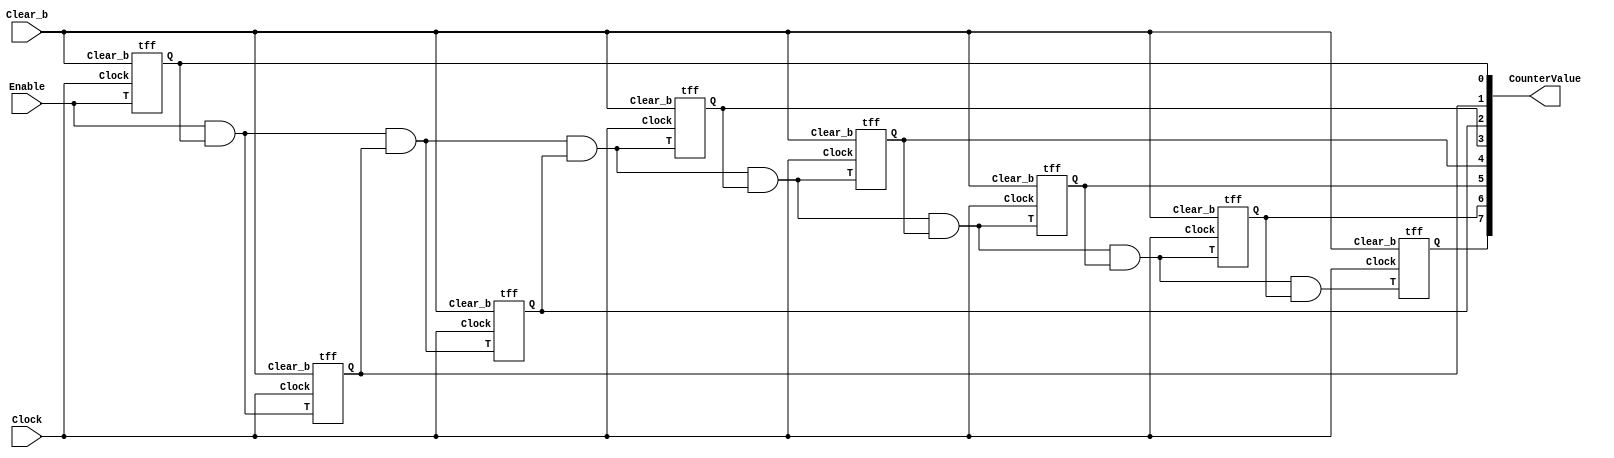
module part1(Clock, Enable, Clear_b, CounterValue);
	input Clock, Enable, Clear_b;
	output [7:0]CounterValue;
	wire c1, c2, c3, c4, c5, c6, c7;
	
	assign c1 = Enable & CounterValue[0];
	assign c2 = c1 & CounterValue[1];
	assign c3 = c2 & CounterValue[2];
	assign c4 = c3 & CounterValue[3];
	assign c5 = c4 & CounterValue[4];
	assign c6 = c5 & CounterValue[5];
	assign c7 = c6 & CounterValue[6];

	tff u0(Enable, Clock, Clear_b, CounterValue[0]);
	tff u1(c1, Clock, Clear_b, CounterValue[1]);
	tff u2(c2, Clock, Clear_b, CounterValue[2]);
	tff u3(c3, Clock, Clear_b, CounterValue[3]);
	tff u4(c4, Clock, Clear_b, CounterValue[4]);
	tff u5(c5, Clock, Clear_b, CounterValue[5]);
	tff u6(c6, Clock, Clear_b, CounterValue[6]);
	tff u7(c7, Clock, Clear_b, CounterValue[7]);
	
endmodule
	

module tff(T, Clock, Clear_b, Q);
	input T, Clock, Clear_b;
	output reg Q;
	
	always @(posedge Clock, negedge Clear_b)
		begin
			if(Clear_b == 0)
				Q <=0;
			else
				begin
					if(T == 0)
						Q <= Q;
					else
						Q <= ~Q;
				end
		end
endmodule